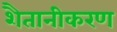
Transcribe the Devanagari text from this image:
शैतानीकरण